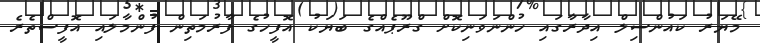
މޭޔަރު ކައުންސިލް އިދާރާގައި ހުންނަވަނިކޮށް ގްރޫޕެއްގެ ބަޔަކު އޮފީހުގެ ފާރުމަތިން ފުންމާލައި އޮފީސްތެރެ